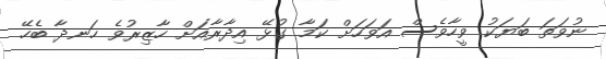
ނުވަތަ ބަޔަކު ވީހާވެސް އަވަހަށް ކަމާ ގުޅޭ އިދާރާއަށް ހާޒިރުވެ ހަނދާ ބެހޭ